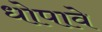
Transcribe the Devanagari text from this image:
धोपावे